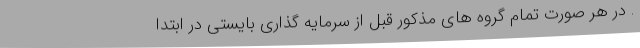
. در هر صورت تمام گروه های مذکور قبل از سرمایه گذاری بایستی در ابتدا